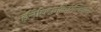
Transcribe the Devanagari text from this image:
ईनेफ़्फ़िकिएन्किएस